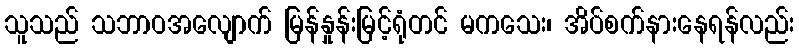
သူသည် သဘာဝအလျောက် မြန်နှုန်းမြင့်ရုံတင် မကသေး၊ အိပ်စက်နားနေရန်လည်း